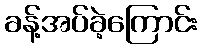
ခန့်အပ်ခဲ့ကြောင်း